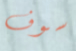
سوف